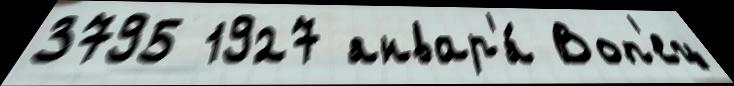
3795 1927 январ'я́ Воп'ец